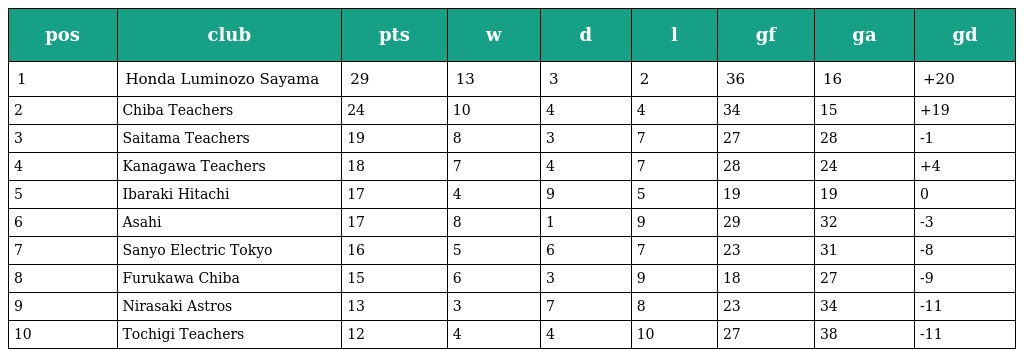
| pos | club | pts | w | d | l | gf | ga | gd |
 | --- | --- | --- | --- | --- | --- | --- | --- | --- |
 | 1 | Honda Luminozo Sayama | 29 | 13 | 3 | 2 | 36 | 16 | +20 |
 | 2 | Chiba Teachers | 24 | 10 | 4 | 4 | 34 | 15 | +19 |
 | 3 | Saitama Teachers | 19 | 8 | 3 | 7 | 27 | 28 | -1 |
 | 4 | Kanagawa Teachers | 18 | 7 | 4 | 7 | 28 | 24 | +4 |
 | 5 | Ibaraki Hitachi | 17 | 4 | 9 | 5 | 19 | 19 | 0 |
 | 6 | Asahi | 17 | 8 | 1 | 9 | 29 | 32 | -3 |
 | 7 | Sanyo Electric Tokyo | 16 | 5 | 6 | 7 | 23 | 31 | -8 |
 | 8 | Furukawa Chiba | 15 | 6 | 3 | 9 | 18 | 27 | -9 |
 | 9 | Nirasaki Astros | 13 | 3 | 7 | 8 | 23 | 34 | -11 |
 | 10 | Tochigi Teachers | 12 | 4 | 4 | 10 | 27 | 38 | -11 |